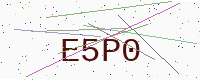
Text: E5P0